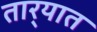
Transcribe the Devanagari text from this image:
तार्‍यात